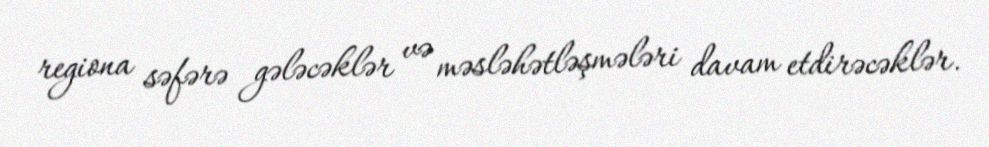
regiona səfərə gələcəklər və məsləhətləşmələri davam etdirəcəklər.